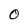
Character: 0